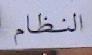
النظاام